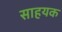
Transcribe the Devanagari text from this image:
साहयक